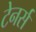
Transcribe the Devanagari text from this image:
टेनर्स